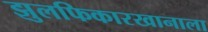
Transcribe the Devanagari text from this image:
झुलफिकारखानाला